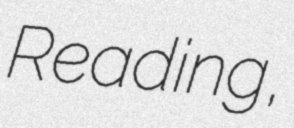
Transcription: Reading,